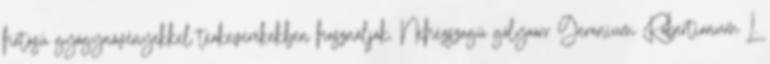
hatású gyógynövényekkel teakeverékekben használják. Nehézszagú gólyaorr Geranium Robertianum L.